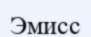
Эмисс